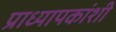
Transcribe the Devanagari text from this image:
प्राध्यापकांशी